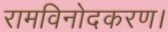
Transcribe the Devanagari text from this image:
रामविनोदकरण।